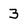
Character: 3